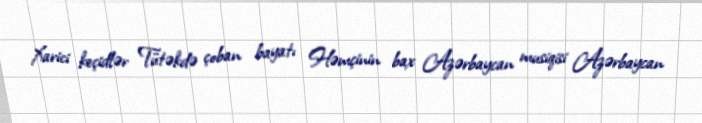
Xarici keçidlər Tütəkdə çoban bayatı Həmçinin bax Azərbaycan musiqisi Azərbaycan